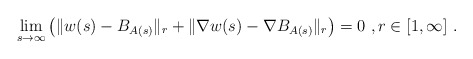
\begin{align*}\lim_{s\to\infty} \left( \|w(s)-B_{A(s)}\|_r + \| \nabla w(s) - \nabla B_{A(s)}\|_r\right) = 0\ , r\in [1,\infty]\ . \end{align*}